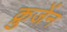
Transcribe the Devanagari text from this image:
क्रुजेंन